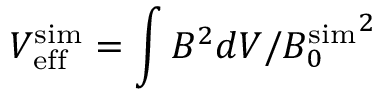
V _ { \mathrm { e f f } } ^ { \mathrm { s i m } } = \int B ^ { 2 } d V / { B _ { 0 } ^ { \mathrm { s i m } } } ^ { 2 }